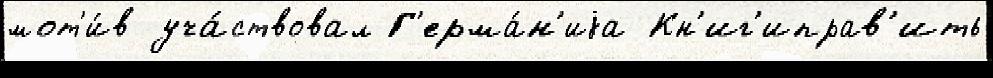
мот'и́в уча́ствовал Г'ерма́н'иjа Кн'иг'иправ'ить